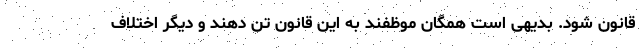
قانون شود. بدیهی است همگان موظفند به این قانون تن دهند و دیگر اختلاف